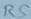
Text: RS